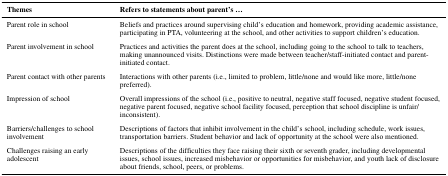
| Themes | Refers to statements about parent’s ... |
 | --- | --- |
 | Parent role in school | Beliefs and practices around supervising child’s education and homework, providing academic assistance, participating in PTA, volunteering at the school, and other activities to support children’s education. |
 | Parent involvement in school | Practices and activities the parent does at the school, including going to the school to talk to teachers, making unannounced visits. Distinctions were made between teacher/staff-initiated contact and parent-initiated contact. |
 | Parent contact with other parents | Interactions with other parents (i.e., limited to problem, little/none and would like more, little/none preferred). |
 | Impression of school | Overall impressions of the school (i.e., positive to neutral, negative staff focused, negative student focused, negative parent focused, negative school facility focused, perception that school discipline is unfair/inconsistent). |
 | Barriers/challenges to school involvement | Descriptions of factors that inhibit involvement in the child’s school, including schedule, work issues, transportation barriers. Student behavior and lack of opportunity at the school were also mentioned. |
 | Challenges raising an early adolescent | Descriptions of the difficulties they face raising their sixth or seventh grader, including developmental issues, school issues, increased misbehavior or opportunities for misbehavior, and youth lack of disclosure about friends, school, peers, or problems. |